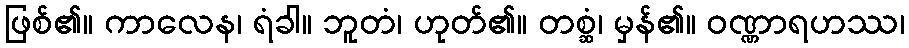
ဖြစ်၏။ ကာလေန၊ ရံခါ။ ဘူတံ၊ ဟုတ်၏။ တစ္ဆံ၊ မှန်၏။ ဝဏ္ဏာရဟဿ၊